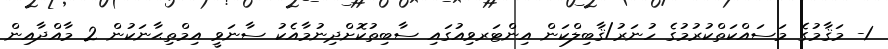
1- މަޤާމުގެ މަސައްކަތްކުރުމުގެ ހުނަރު/ޤާބިލްކަން އިންޓަރވިއުގައި ސާބިތުކޮށްދިނުމާއެކު ސާނަވީ އިމްތިޙާނަކުން 2 މާއްދާއިން